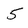
Character: 5